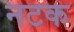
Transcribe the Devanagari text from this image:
नटक